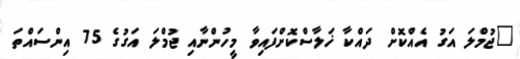
"ޖުމްލަ އަގު އެއްކޮށް ދައްކާ ޚަލާސްކޮށްފައިވާ މީހުންނާއި ޖުމްލަ އަގުގެ 75 އިންސައްތަ